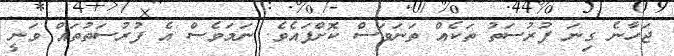
ޖަހާނެ ގިނަ ފުރުސަތު ތަކެއް ތަނަވަސް ކޮށްފައެވެ. ނަމަވެސް އެ ފުރުސަތުތައް ވަނީ